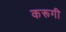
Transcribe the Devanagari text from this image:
करूगी